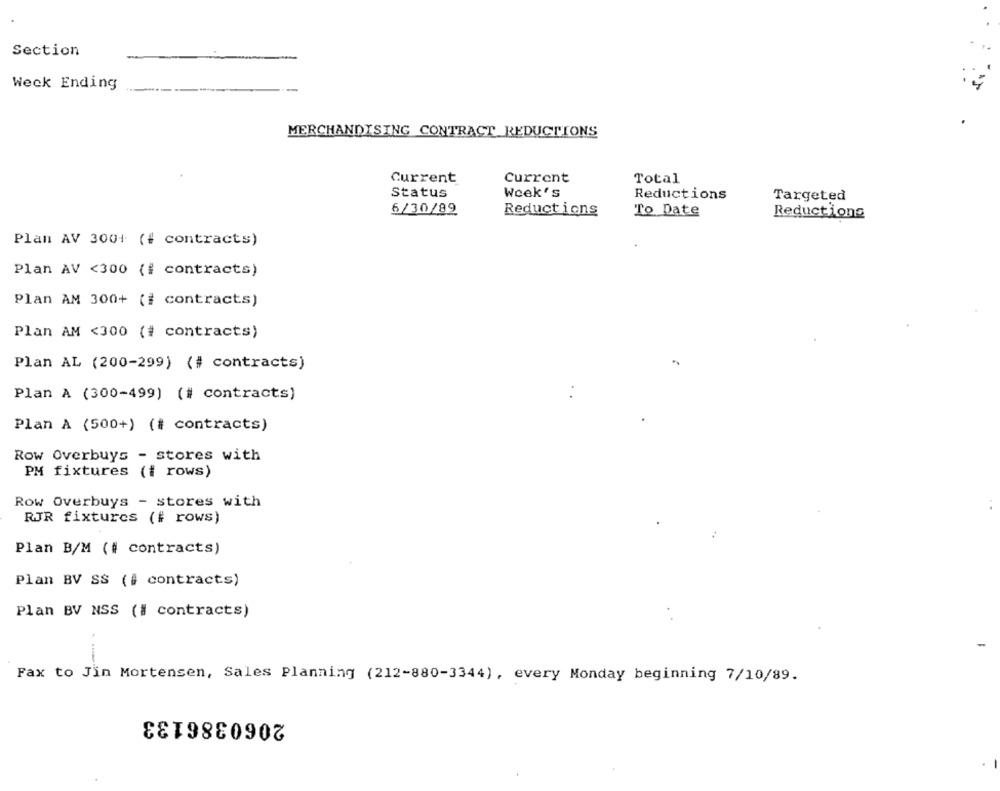
Section
Weck Ending
MERCHANDISING CONTRACT REDUCTIONS
Current
Current
Total
Status
Week's
Reductions
Targeted
6/30/89
Reductions
To Date
Reductions
Plan AV 300+ (# contracts)
Plan AV <300 (# contracts)
Plan AM 300+ (# contracts)
Plan AM <300 (# contracts)
Plan AL (200-299) (# contracts)
Plan A (300-499) (# contracts)
Plan A (500+) (# contracts)
Row Overbuys - stores with
PM fixtures (i rows)
Row Overbuys - stores with
RJR fixtures (# rows)
Plan B/M (# contracts)
Plan BV SS (# contracts)
Plan BV NSS (# contracts)
Fax to Jin Mortensen, Sales Planning (212-880-3344), every Monday beginning 7/10/89.
2060386133